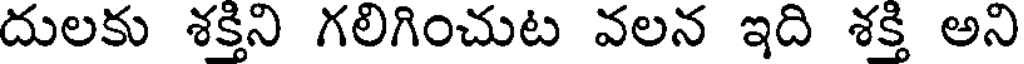
దులకు శక్తిని గలిగించుట వలన ఇది శక్తి అని